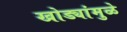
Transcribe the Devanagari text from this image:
खोड्यांमुळे